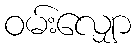
ဝမ်းလျှော